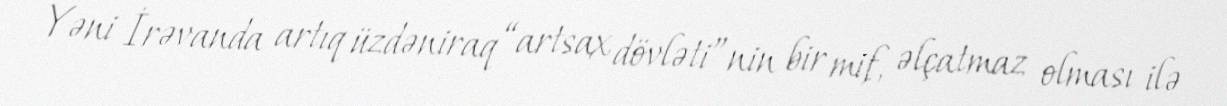
Yəni İrəvanda artıq üzdəniraq “artsax dövləti”nin bir mif, əlçatmaz olması ilə